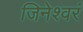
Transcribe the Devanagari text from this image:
जिनेश्वरं